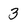
Character: 3